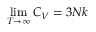
\operatorname* { l i m } _ { T \rightarrow \infty } C _ { V } = 3 N k